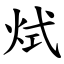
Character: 烒